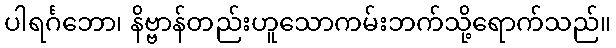
ပါရင်္ဂဘော၊ နိဗ္ဗာန်တည်းဟူသောကမ်းဘက်သို့ရောက်သည်။